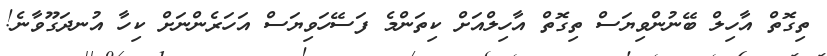
ތިގޮތް އާހިލް ބޭނުންވިޔަސް ތިގޮތް އާހިލްއަށް ކިތަންމެ ފަސޭހަވިޔަސް އަހަރެންނަށް ކިހާ އުނދަގޫވާނެ!